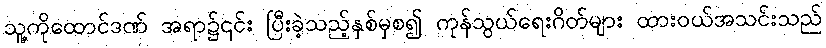
သူ့ကိုထောင်ဒဏ် အရာ၌၎င်း ပြီးခဲ့သည့်နှစ်မှစ၍ ကုန်သွယ်ရေးဂိတ်များ ထားဝယ်အသင်းသည်